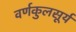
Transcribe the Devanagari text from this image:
वर्णकुलसूर्य